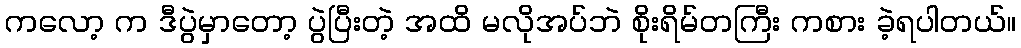
ကလော့ က ဒီပွဲမှာတော့ ပွဲပြီးတဲ့ အထိ မလိုအပ်ဘဲ စိုးရိမ်တကြီး ကစား ခဲ့ရပါတယ်။